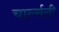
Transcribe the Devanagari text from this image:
चार्ल्सली